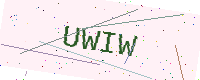
Text: UWIW